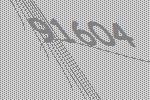
91604